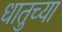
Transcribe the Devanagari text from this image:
धातुच्या